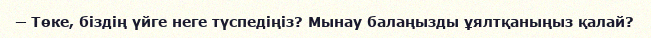
─ Төке, біздің үйге неге түспедіңіз? Мынау балаңызды ұялтқаныңыз қалай?